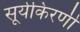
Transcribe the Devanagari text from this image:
सूर्यकिरणी